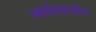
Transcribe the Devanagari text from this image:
ज्योतिषातील